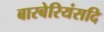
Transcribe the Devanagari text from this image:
बारबेरियंसदि